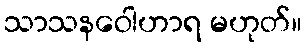
သာသနဝေါဟာရ မဟုတ်။